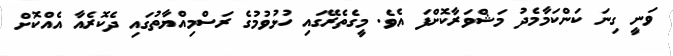
ވަނީ ގިނަ ކަންކަމާމެދު މަޝްވަރާކޮށްފަ އެވެ. މީގެތެރޭގައި ހުޅުވުމުގެ ރަސްމިއްޔާތުގައި ދެކޮރެއާ އެއްކޮށް